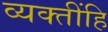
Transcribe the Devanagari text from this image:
व्यक्तींहि